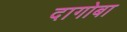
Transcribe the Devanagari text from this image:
दागोबा